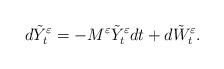
LaTeX: \begin{align*}d\tilde Y^\varepsilon_t &= -M^\varepsilon\tilde Y^\varepsilon_t dt + d\tilde W^\varepsilon_t.\end{align*}